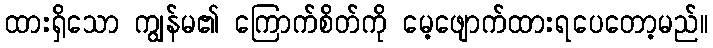
ထားရှိသော ကျွန်မ၏ ကြောက်စိတ်ကို မေ့ဖျောက်ထားရပေတော့မည်။